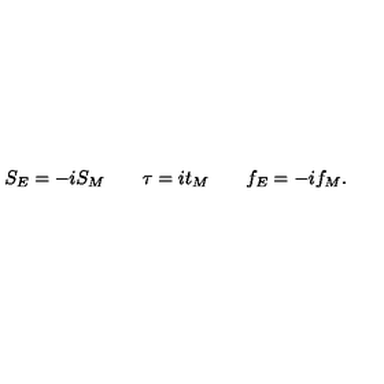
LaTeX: S _ { E } = - i S _ { M } \qquad \tau = i t _ { M } \qquad f _ { E } = - i f _ { M } .